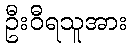
ဦးဝီရသူအား